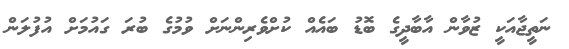
ނަތީޖާއަކީ ޒުވާން އާބާދީގެ ބޮޑު ބައެއް ކުށްވެރިންނަށް ވުމުގެ ބުރަ ގައުމަށް އުފުލަން